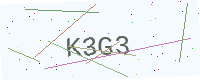
Text: K3G3